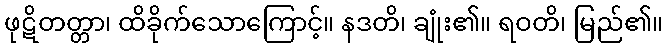
ဖုဋိတတ္တာ၊ ထိခိုက်သောကြောင့်။ နဒတိ၊ ချုံး၏။ ရဝတိ၊ မြည်၏။